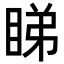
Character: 睇